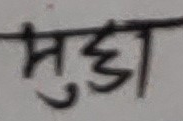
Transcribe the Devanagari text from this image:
सुड्डा